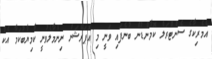
އެމެރިކާގެ ސެންޓްރަލް ކޮމާންޑުން ބުނެފައި ވަނީ މި އޮޕަރޭޝަން ނިންމާލެވުނީ ކާމިޔާބުކަމާ އެކު